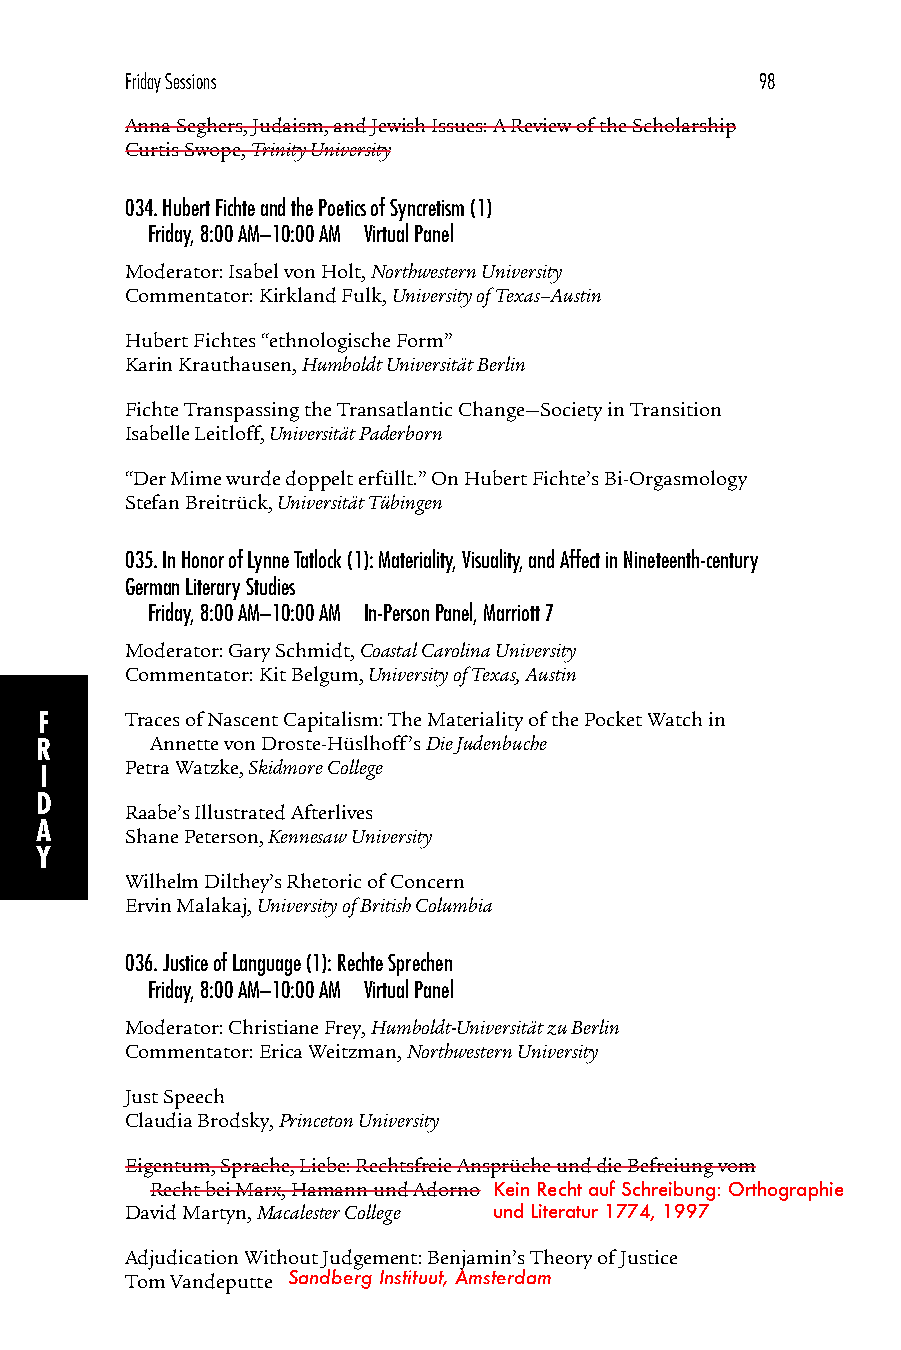
Friday Sessions                           98
 Anna Seghers, Judaism, and Jewish Issues: A Review of the Scholarship
 Curtis Swope, Trinity University
 034.Hubert Fichte and the Poetics of Syncretism (1)
 Friday, 8:00 AM–10:00 AM Virtual Panel
 Moderator: Isabel von Holt, Northwestern University
 Commentator: Kirkland Fulk, University of Texas–Austin
 Hubert Fichtes “ethnologische Form”
 Karin Krauthausen, Humboldt Universität Berlin
 Fichte Transpassing the Transatlantic Change—Society in Transition
 Isabelle Leitloff, Universität Paderborn
 “Der Mime wurde doppelt erfüllt.” On Hubert Fichte’s Bi-Orgasmology
 Stefan Breitrück, Universität Tübingen
 035.In Honor of Lynne Tatlock (1): Materiality, Visuality, and Affect in Nineteenth-century
 German Literary Studies
 Friday, 8:00 AM–10:00 AM In-Person Panel, Marriott 7
 Moderator: Gary Schmidt, Coastal Carolina University
 Commentator: Kit Belgum, University of Texas, Austin
 F    Traces of Nascent Capitalism: The Materiality of the Pocket Watch in
 R       Annette von Droste-Hüslhoff’s Die Judenbuche
 Petra Watzke, Skidmore College
 I
 D
 Raabe’s Illustrated Afterlives
 A
 Shane Peterson, Kennesaw University
 Y
 Wilhelm Dilthey’s Rhetoric of Concern
 Ervin Malakaj, University of British Columbia
 036.Justice of Language (1): Rechte Sprechen
 Friday, 8:00 AM–10:00 AM Virtual Panel
 Moderator: Christiane Frey, Humboldt-Universität zu Berlin
 Commentator: Erica Weitzman, Northwestern University
 Just Speech
 Claudia Brodsky, Princeton University
 Eigentum, Sprache, Liebe: Rechtsfreie Ansprüche und die Befreiung vom
 Recht bei Marx, Hamann und Adorno Kein Recht auf Schreibung: Orthographie
 David Martyn, Macalester College und Literatur 1774, 1997
 Adjudication Without Judgement: Benjamin’s Theory of Justice
 Tom Vandeputte Sandberg Instituut, Amsterdam